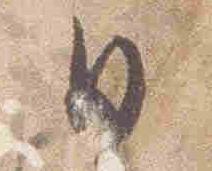
日